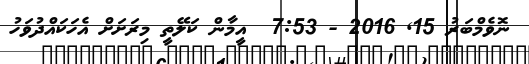
ނޮވެމްބަރު 15